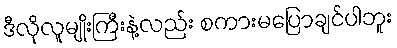
ဒီလိုလူမျိုးကြီးနဲ့လည်း စကားမပြောချင်ပါဘူး